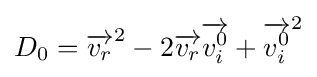
\,\!D_{0}={\overrightarrow {v_{r}}}^{2}-2{\overrightarrow {v_{r}}}{\overrightarrow {v_{i}^{0}}}+{\overrightarrow {v_{i}^{0}}}^{2}